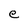
Character: e